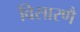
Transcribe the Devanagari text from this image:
विसारणै